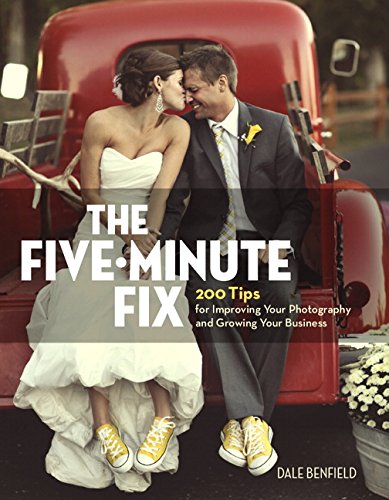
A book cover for The Five-Minute Fix: 200 Tips for Improving Your Photography and Growing Your Business; Dale Benfield; Arts & Photography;